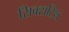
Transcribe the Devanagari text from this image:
सिक्सटिंथ